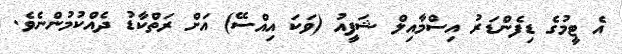
އެ ޓީމުގެ ޑިފެންޑަރު އިސްމާއިލް ޝަފީއު (ވަކަ އިއްސޭ) އަށް ރަތްކާޑު ދެއްކުމުންނެވެ.